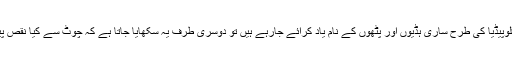
اگر آپ کلاس روم میں بیٹھیں تو بھی آپ کو فرق پتا چل جائے گا، ایک طرف انسائکلوپیڈیا کی طرح ساری ہڈیوں اور پٹھوں کے نام یاد کرائے جارہے ہیں تو دوسری طرف یہ سکھایا جاتا ہے کہ چوٹ سے کیا نقص پیدا ہوگیا ، اس میں کون سے اسٹرکچر شامل تھے اور اس کو کیسے ٹھیک کیا جائے۔